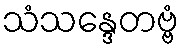
သံသန္ဒေတဗ္ဗံ